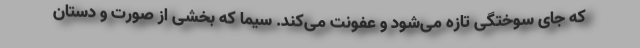
که جای سوختگی تازه می‌شود و عفونت می‌کند. سیما که بخشی از صورت و دستان